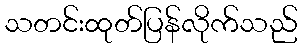
သတင်းထုတ်ပြန်လိုက်သည်